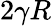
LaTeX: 2\gamma R